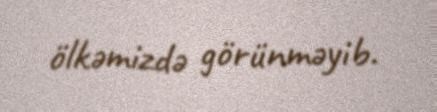
ölkəmizdə görünməyib.